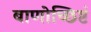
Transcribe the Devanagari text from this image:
बाणोच्छिष्टं